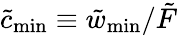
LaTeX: \tilde{c}_{\mathrm{min}}\equiv\tilde{w}_{\mathrm{min}}/\tilde{F}